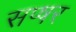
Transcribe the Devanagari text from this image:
सप्षर